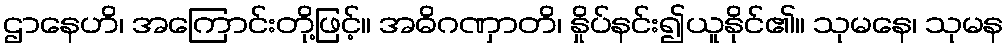
ဌာနေဟိ၊ အကြောင်းတို့ဖြင့်။ အဓိဂဏှာတိ၊ နှိုပ်နင်း၍ယူနိုင်၏။ သုမနေ၊ သုမန